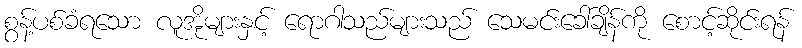
စွန့်ပစ်ခံရသော လူအိုများနှင့် ရောဂါသည်များသည် သေမင်းခေါ်ချိန်ကို စောင့်ဆိုင်းရန်